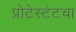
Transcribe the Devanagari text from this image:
प्रोटेस्टंटचा